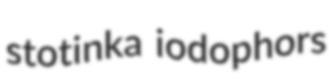
stotinka iodophors